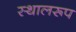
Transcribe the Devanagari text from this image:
स्थालरूप